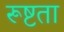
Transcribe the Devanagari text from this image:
रूष्टता